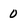
Character: 0